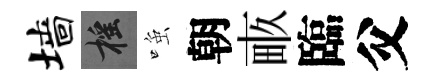
墙摇𫪻朝畞臨父